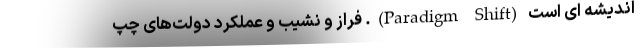
اندیشه ای است (Paradigm Shift). فرازُ و نشیب و عملکرد دولت­های چپ